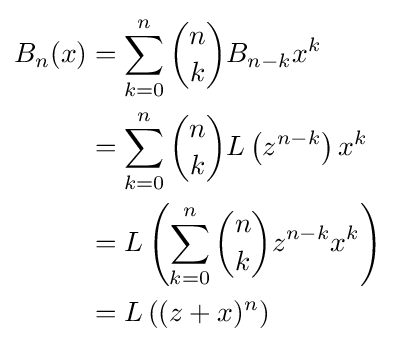
{\begin{aligned}B_{n}(x)&=\sum _{k=0}^{n}{n \choose k}B_{n-k}x^{k}\\&=\sum _{k=0}^{n}{n \choose k}L\left(z^{n-k}\right)x^{k}\\&=L\left(\sum _{k=0}^{n}{n \choose k}z^{n-k}x^{k}\right)\\&=L\left((z+x)^{n}\right)\end{aligned}}